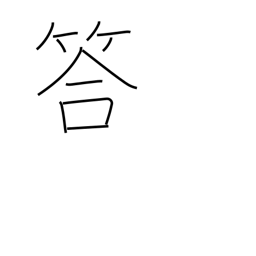
Meaning: answer